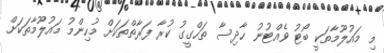
މި މައުލޫމާތަކީ ބޯޓު ވެއްޓުނު ހާދިސާ ތަހްގީގު ކުރާ ފަރާތްތަކަށް މުހިންމު މައުލޫމާތަކަށް